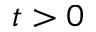
t > 0